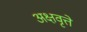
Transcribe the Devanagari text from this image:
अक्षवृत्ते